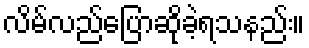
လိမ်လည်ပြောဆိုခဲ့ရသနည်း။